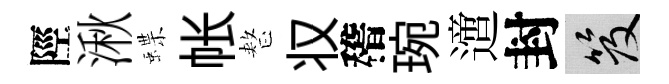
陘湫蝶帐整𠬧稽琬𨗁封笈